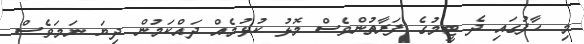
މި ހާފުގައި ދެ ޓީމުގެ ފަރާތުންވެސް މޮޅު ކުޅުމެއް ދައްކަމުން ދިޔަ ނަމަވެސް